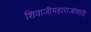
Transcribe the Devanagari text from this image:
शिवाजीमहाराजांसाठी